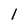
Character: 1